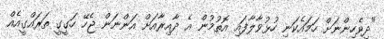
"ދިވެހިންނަށް ހަމައެކަނި ހުޅުވާލާފައި އޮތުމުން އެ ދާއިރާއަށް އަންނަން ޖެހޭ ހަގީގީ ތަރައްގީއެއް